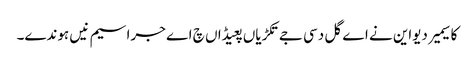
کاسیمیر دیواین نے اے گل دسی جے تکڑیاں پعیڈاں چ اے جراسیم نیں ہوندے۔